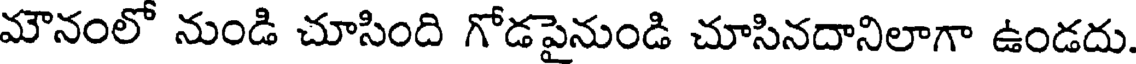
మౌనంలో నుండి చూసింది గోడపైనుండి చూసినదానిలాగా ఉండదు